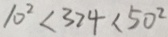
1 0 ^ { 2 } < 3 2 4 < 5 0 ^ { 2 }